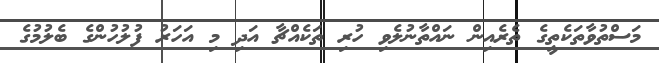
މަސްތުވާތަކެތީގެ ތެރެއިން ނައްތާނުލެވި ހުރި ތަކެއްޗާ އަދި މި އަހަރު ފުލުހުންގެ ބެލުމުގެ